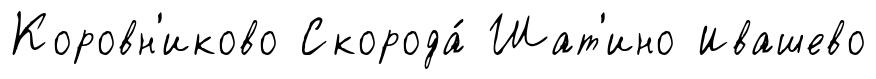
Коровн'иково Скорода́ Шат'ино Ивашево